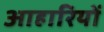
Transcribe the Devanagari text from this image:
आहारियों